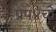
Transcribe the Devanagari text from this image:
प्रप४चो